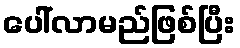
ပေါ်လာမည်ဖြစ်ပြီး